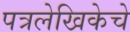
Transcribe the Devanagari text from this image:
पत्रलेखिकेचे